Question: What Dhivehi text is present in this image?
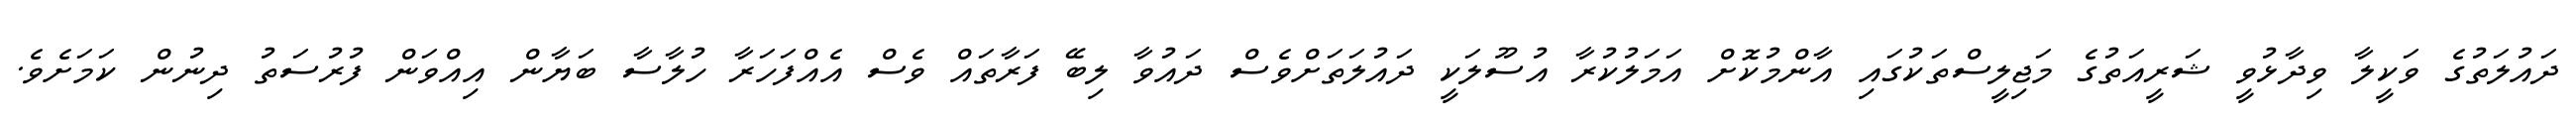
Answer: ދައުލަތުގެ ވަކީލާ ވިދާޅުވީ ޝަރީއަތުގެ މަޖިލީސްތަކުގައި އާންމުކޮށް އަމަލުކުރާ އުސޫލަކީ ދައުލަތަށްވެސް ދައުވާ ލިބޭ ފަރާތައް ވެސް އެއްފަހަރާ ހުލާސާ ބަޔާން އިއްވަން ފުރުސަތު ދިނުން ކަމަށެވެ.